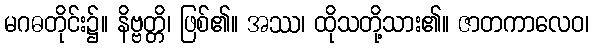
မဂဓတိုင်း၌။ နိဗ္ဗတ္တိ၊ ဖြစ်၏။ အဿ၊ ထိုသတို့သား၏။ ဇာတကာလေဝ၊